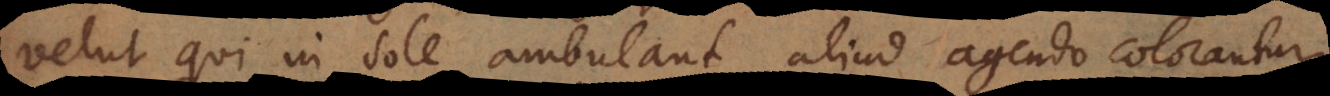
velut qui in sole ambulant, aliud agendo colorantur,